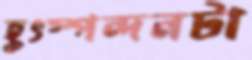
হূৎস্পন্দনটা